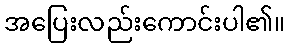
အပြေးလည်းကောင်းပါ၏။